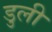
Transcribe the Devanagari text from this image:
डुली